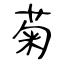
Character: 菊